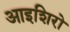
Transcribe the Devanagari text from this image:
आइशिरो